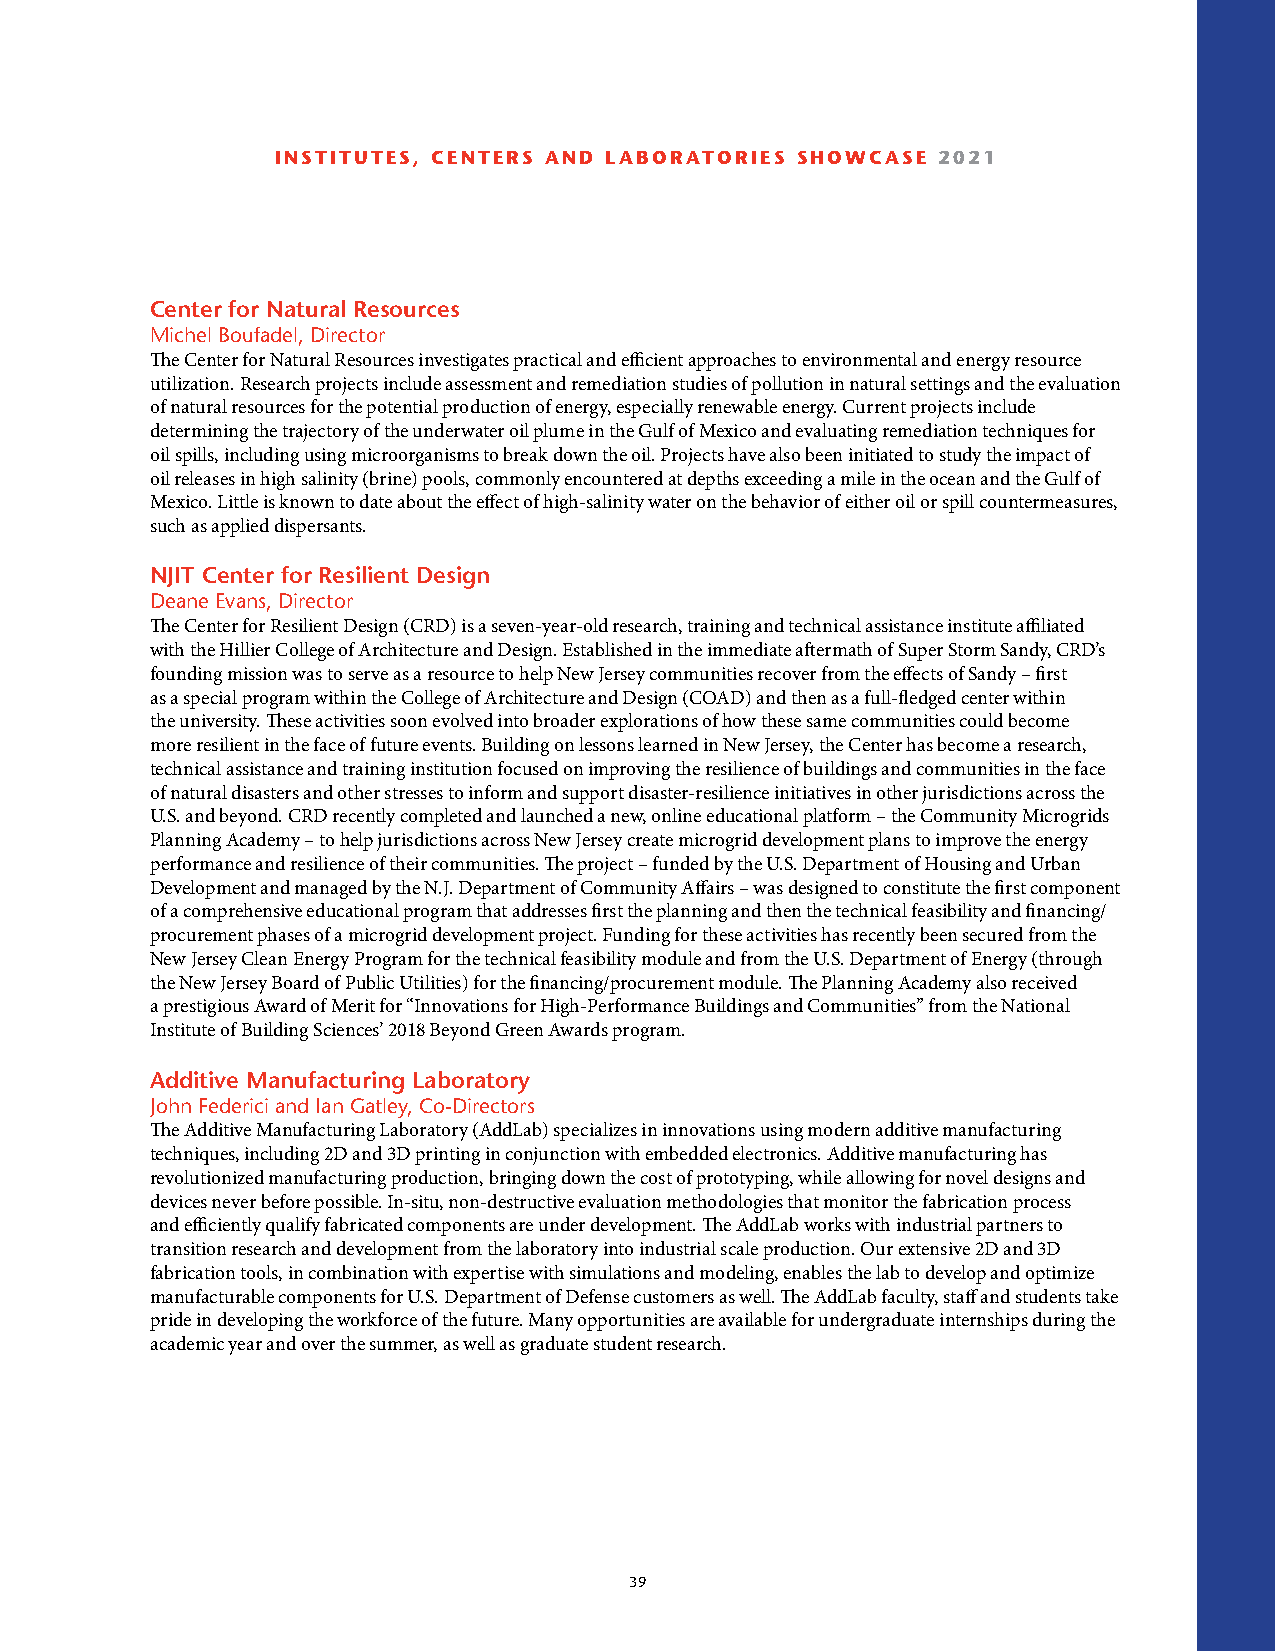
INSTITUTES, CENTERS AND LABORATORIES SHOWCASE 2021
 Center for Natural Resources
 Michel Boufadel, Director
 The Center for Natural Resources investigates practical and efficient approaches to environmental and energy resource
 utilization. Research projects include assessment and remediation studies of pollution in natural settings and the evaluation
 of natural resources for the potential production of energy, especially renewable energy. Current projects include
 determining the trajectory of the underwater oil plume in the Gulf of Mexico and evaluating remediation techniques for
 oil spills, including using microorganisms to break down the oil. Projects have also been initiated to study the impact of
 oil releases in high salinity (brine) pools, commonly encountered at depths exceeding a mile in the ocean and the Gulf of
 Mexico. Little is known to date about the effect of high-salinity water on the behavior of either oil or spill countermeasures,
 such as applied dispersants.
 NJIT Center for Resilient Design
 Deane Evans, Director
 The Center for Resilient Design (CRD) is a seven-year-old research, training and technical assistance institute affiliated
 with the Hillier College of Architecture and Design. Established in the immediate aftermath of Super Storm Sandy, CRD’s
 founding mission was to serve as a resource to help New Jersey communities recover from the effects of Sandy – first
 as a special program within the College of Architecture and Design (COAD) and then as a full-fledged center within
 the university. These activities soon evolved into broader explorations of how these same communities could become
 more resilient in the face of future events. Building on lessons learned in New Jersey, the Center has become a research,
 technical assistance and training institution focused on improving the resilience of buildings and communities in the face
 of natural disasters and other stresses to inform and support disaster-resilience initiatives in other jurisdictions across the
 U.S. and beyond. CRD recently completed and launched a new, online educational platform – the Community Microgrids
 Planning Academy – to help jurisdictions across New Jersey create microgrid development plans to improve the energy
 performance and resilience of their communities. The project – funded by the U.S. Department of Housing and Urban
 Development and managed by the N.J. Department of Community Affairs – was designed to constitute the first component
 of a comprehensive educational program that addresses first the planning and then the technical feasibility and financing/
 procurement phases of a microgrid development project. Funding for these activities has recently been secured from the
 New Jersey Clean Energy Program for the technical feasibility module and from the U.S. Department of Energy (through
 the New Jersey Board of Public Utilities) for the financing/procurement module. The Planning Academy also received
 a prestigious Award of Merit for “Innovations for High-Performance Buildings and Communities” from the National
 Institute of Building Sciences’ 2018 Beyond Green Awards program.
 Additive Manufacturing Laboratory
 John Federici and Ian Gatley, Co-Directors
 The Additive Manufacturing Laboratory (AddLab) specializes in innovations using modern additive manufacturing
 techniques, including 2D and 3D printing in conjunction with embedded electronics. Additive manufacturing has
 revolutionized manufacturing production, bringing down the cost of prototyping, while allowing for novel designs and
 devices never before possible. In-situ, non-destructive evaluation methodologies that monitor the fabrication process
 and efficiently qualify fabricated components are under development. The AddLab works with industrial partners to
 transition research and development from the laboratory into industrial scale production. Our extensive 2D and 3D
 fabrication tools, in combination with expertise with simulations and modeling, enables the lab to develop and optimize
 manufacturable components for U.S. Department of Defense customers as well. The AddLab faculty, staff and students take
 pride in developing the workforce of the future. Many opportunities are available for undergraduate internships during the
 academic year and over the summer, as well as graduate student research.
 39